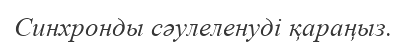
Синхронды сәулеленуді қараңыз.